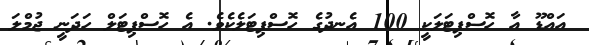
އައްޑޫ އާ ހޮސްޕިޓަލަކީ 100 އެނދުގެ ހޮސްޕިޓަލެކެވެ. އެ ހޮސްޕިޓަލް ހަދަނީ ޖުމްލަ